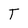
Character: T